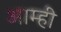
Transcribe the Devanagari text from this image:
आम्‍ही